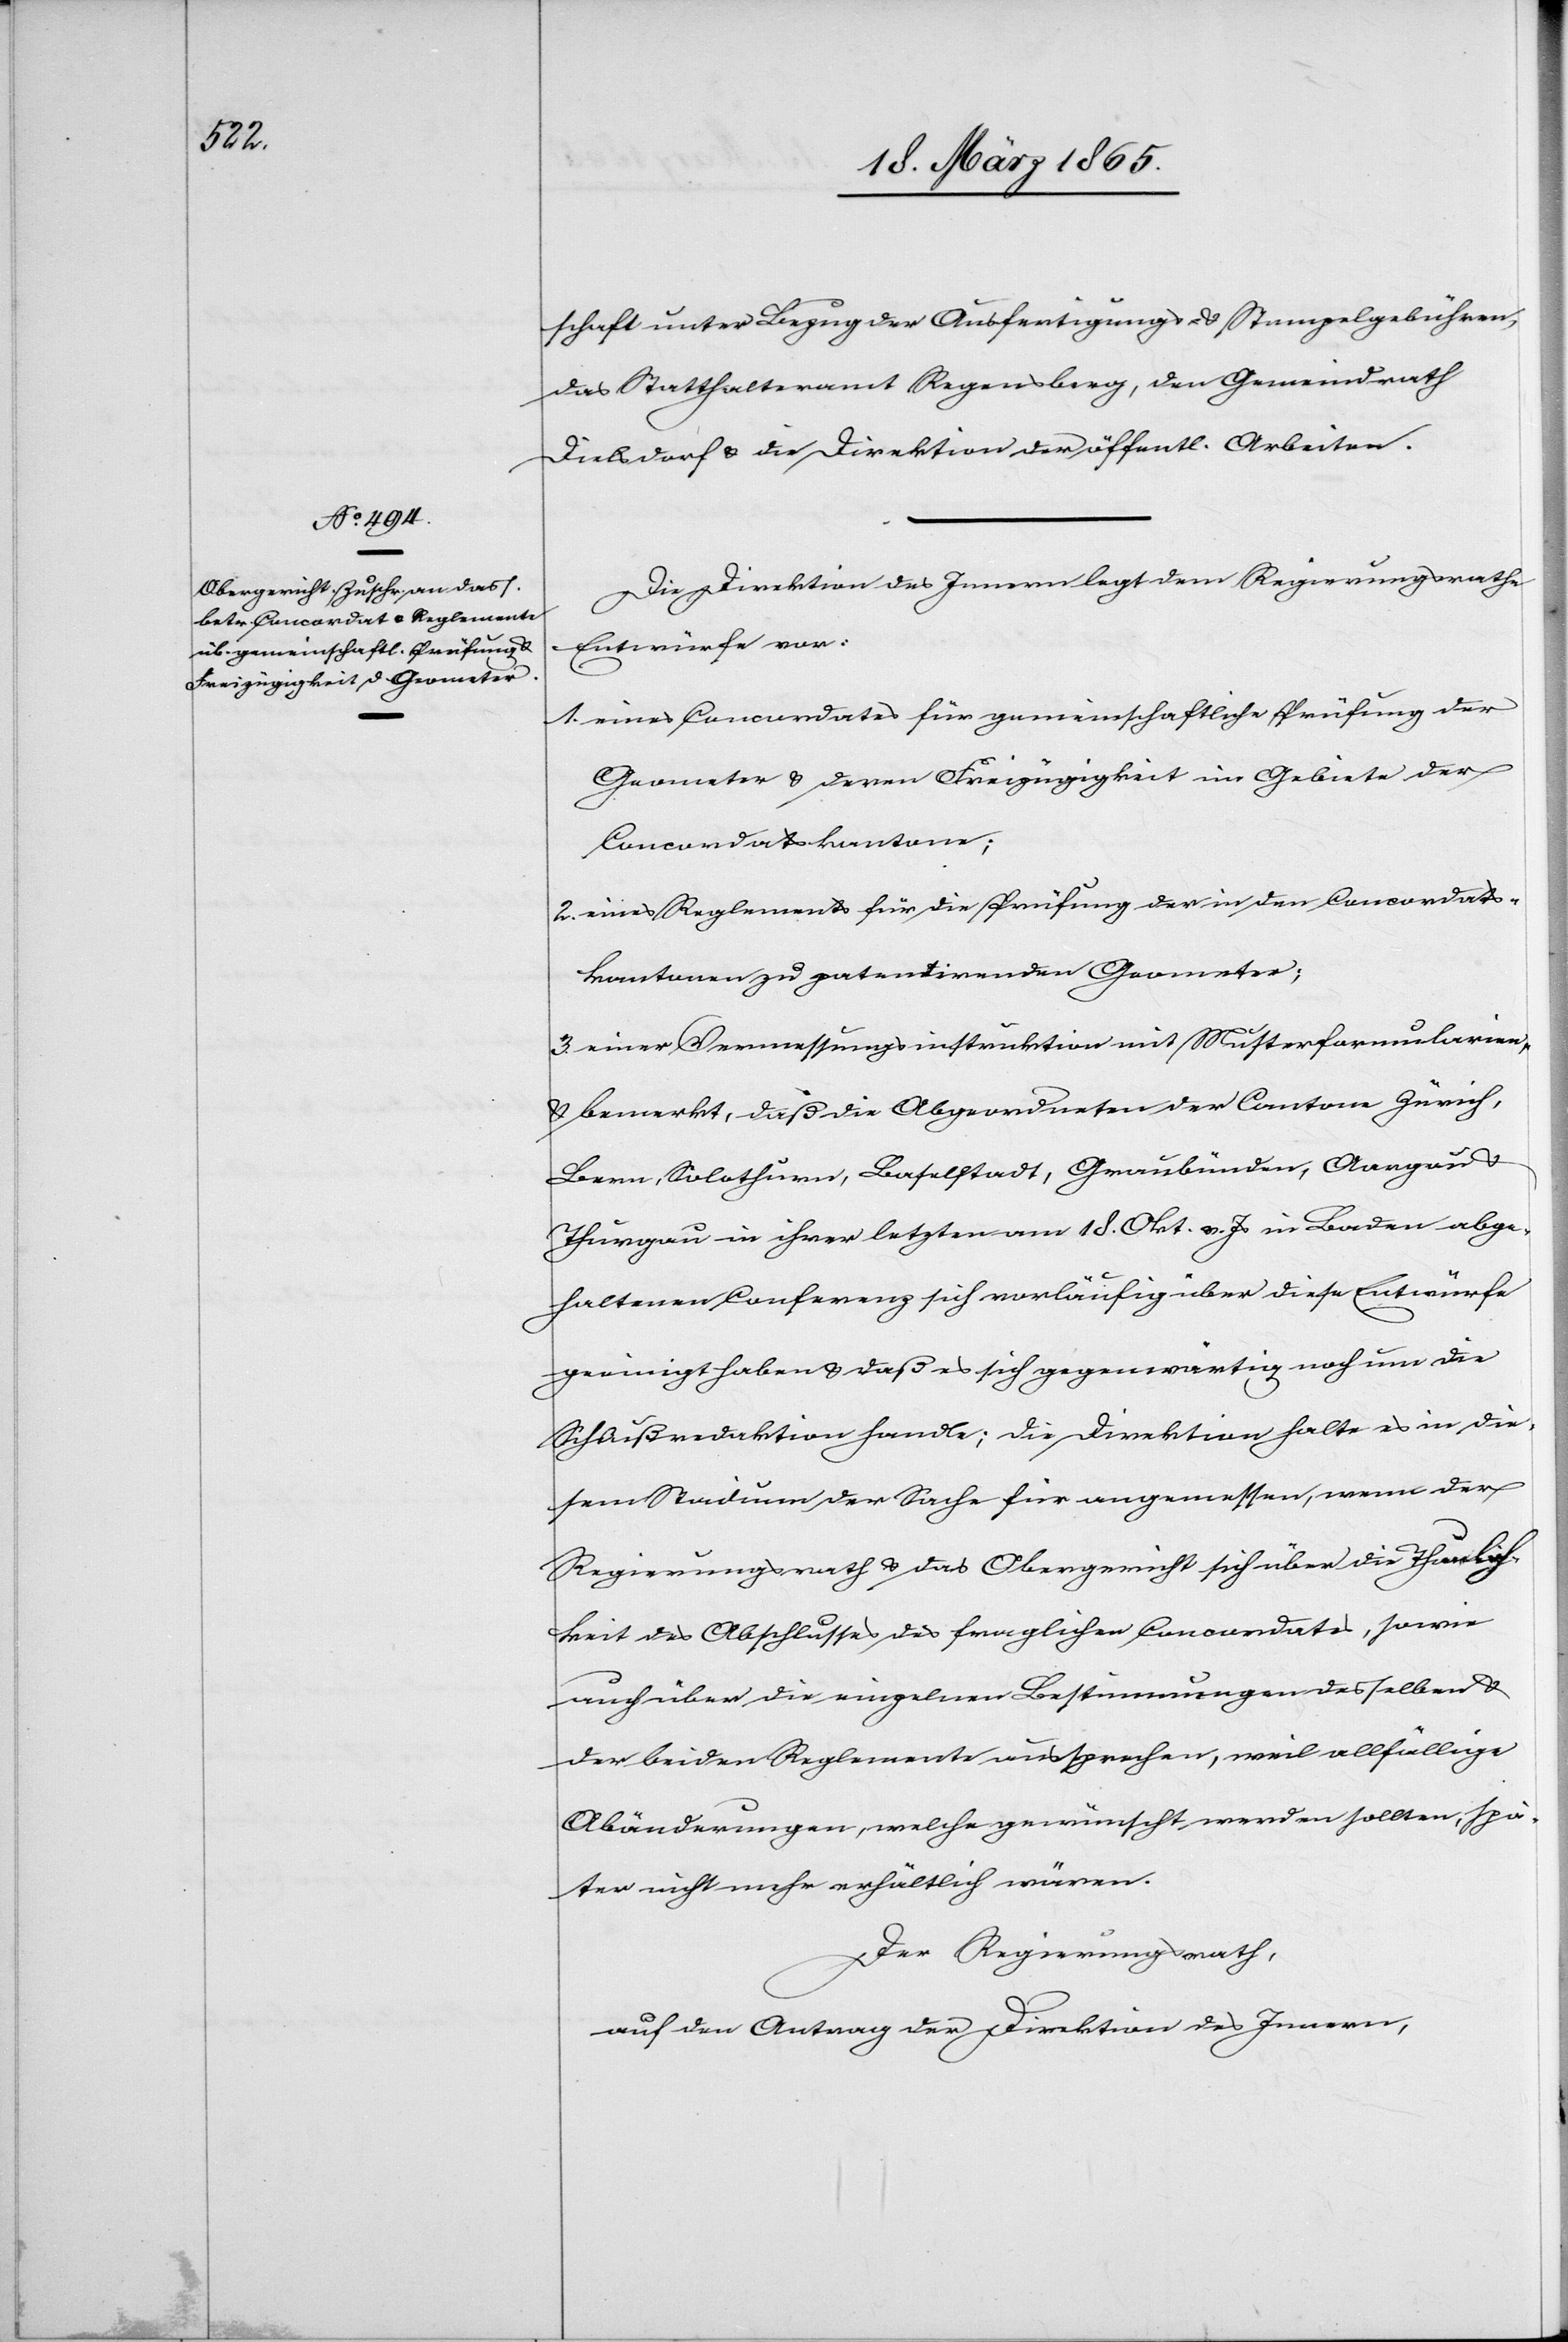
schaft unter Bezug der Ausfertigungs- & Stempelgebühren,
das Statthalteramt Regensberg, dem Gemeindrath
Dielsdorf & die Direktion der öffentl. Arbeiten.
Die Direktion des Innern legt dem Regierungsrathe
Entwürfe vor:
1. eines Concordates für gemeinschaftliche Prüfung der
Geometer & deren Freizügigkeit im Gebiete der
Concordatskantone;
2. eines Reglements für die Prüfung der in den Concordats¬
kantonen zu patentirenden Geometer;
3. einer Vermessungsinstruktion mit Musterformularien,
& bemerkt, daß die Abgeordneten der Cantone Zürich,
Bern, Solothurn, Baselstadt, Graubünden, Aargau &
Thurgau in ihrer letzten am 18. Okt. v. Js in Baden abge¬
haltenen Conferenz sich vorläufig über diese Entwürfe
geeinigt haben & daß es sich gegenwärtig noch um die
Schlußredaktion handle; die Direktion halte es in die¬
sem Stadium der Sache für angemessen, wenn der
Regierungsrath & das Obergericht sich über die Thunlich¬
keit des Abschlusses des fraglichen Concordates, sowie
auch über die einzelnen Bestimmungen desselben &
der beiden Reglemente aussprechen, weil allfällige
Abänderungen, welche gewünscht werden sollten, spä¬
ter nicht mehr erhältlich wären.
Der Regierungsrath,
auf den Antrag der Direktion des Innern,